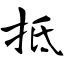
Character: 抵